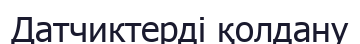
Датчиктерді қолдану